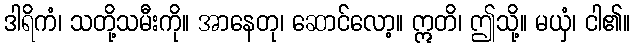
ဒါရိကံ၊ သတို့သမီးကို။ အာနေတု၊ ဆောင်လော့။ ဣတိ၊ ဤသို့။ မယှံ၊ ငါ၏။